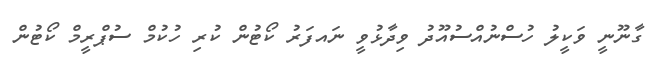
ގާނޫނީ ވަކީލު ހުސްނުއްސުއޫދު ވިދާޅުވީ ނައފަރު ކޯޓުން ކުރި ހުކުމް ސުޕްރީމް ކޯޓުން